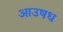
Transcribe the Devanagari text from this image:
आउषध